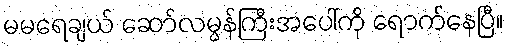
မမရေချယ် ဆော်လမွန်ကြီးအပေါ်ကို ရောက်နေပြီ။